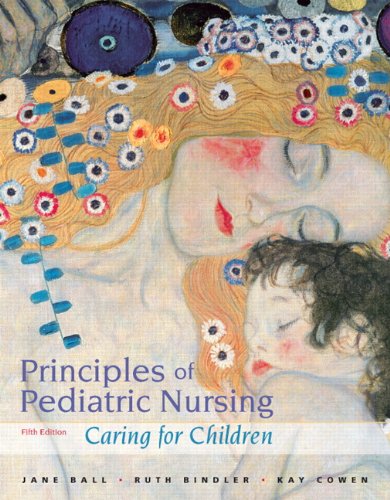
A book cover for Principles of Pediatric Nursing: Caring for Children (5th Edition); Jane W. Ball DrPH  RN  CPNP; Medical Books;